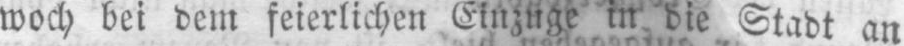
woch bei dem feierlichen Einzuge in die Stadt an